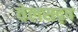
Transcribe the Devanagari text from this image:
वेलसदृष